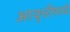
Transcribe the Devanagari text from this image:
आवृत्तीमधे